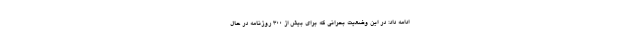
ادامه داد: در این وضعیت بحرانی که برای بیش از 300 روزنامه در حال